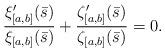
LaTeX: \begin{align*}\frac{\xi_{[a,b]}'(\bar{s})}{\xi_{[a,b]}(\bar{s})} + \frac{\zeta_{[a,b]}'(\bar{s})}{\zeta_{[a,b]}(\bar{s})} =0.\end{align*}